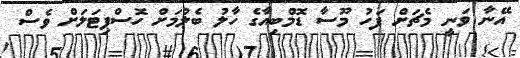
އޭނާ ވަނީ މެޗަށް ފަހު މޫސާ ޑޮމްބިއާގެ ހާލު ބެލުމަށް ހޮސްޕިޓަލަށް ވެސް